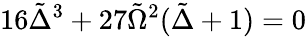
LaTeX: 16\tilde{\Delta}^{3}+27\tilde{\Omega}^{2}(\tilde{\Delta}+1)=0